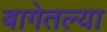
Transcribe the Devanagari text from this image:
बागेतल्या